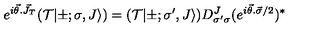
e ^ { i \vec { \theta } . \vec { J } _ { T } } ( { \cal T } | \pm ; \sigma , J \rangle ) = ( { \cal T } | \pm ; { \sigma } ^ { \prime } , J \rangle ) D _ { { \sigma } ^ { \prime } { \sigma } } ^ { J } ( e ^ { i \vec { \theta } . \vec { \sigma } / 2 } ) ^ { * }